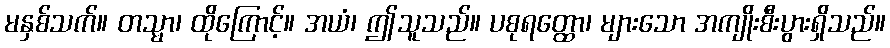
မနှစ်သက်။ တသ္မာ၊ ထိုကြောင့်။ အယံ၊ ဤသူသည်။ ပစုရတ္ထော၊ များသော အကျိုးစီးပွားရှိသည်။